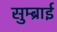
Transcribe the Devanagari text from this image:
सुम्ब्राई